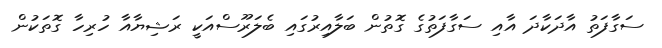
ސަގާފަތު އާދަކާދަ އާއި ސަގާފަތުގެ ގޮތުން ބަލާއިރުގައި ބެލަރޫސްއަކީ ރަޝިޔާއާ ހުރިހާ ގޮތަކުން